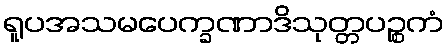
ရူပအသမပေက္ခဏာဒိသုတ္တပဉ္စကံ